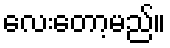
လေးတော့မည်။